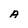
Character: A